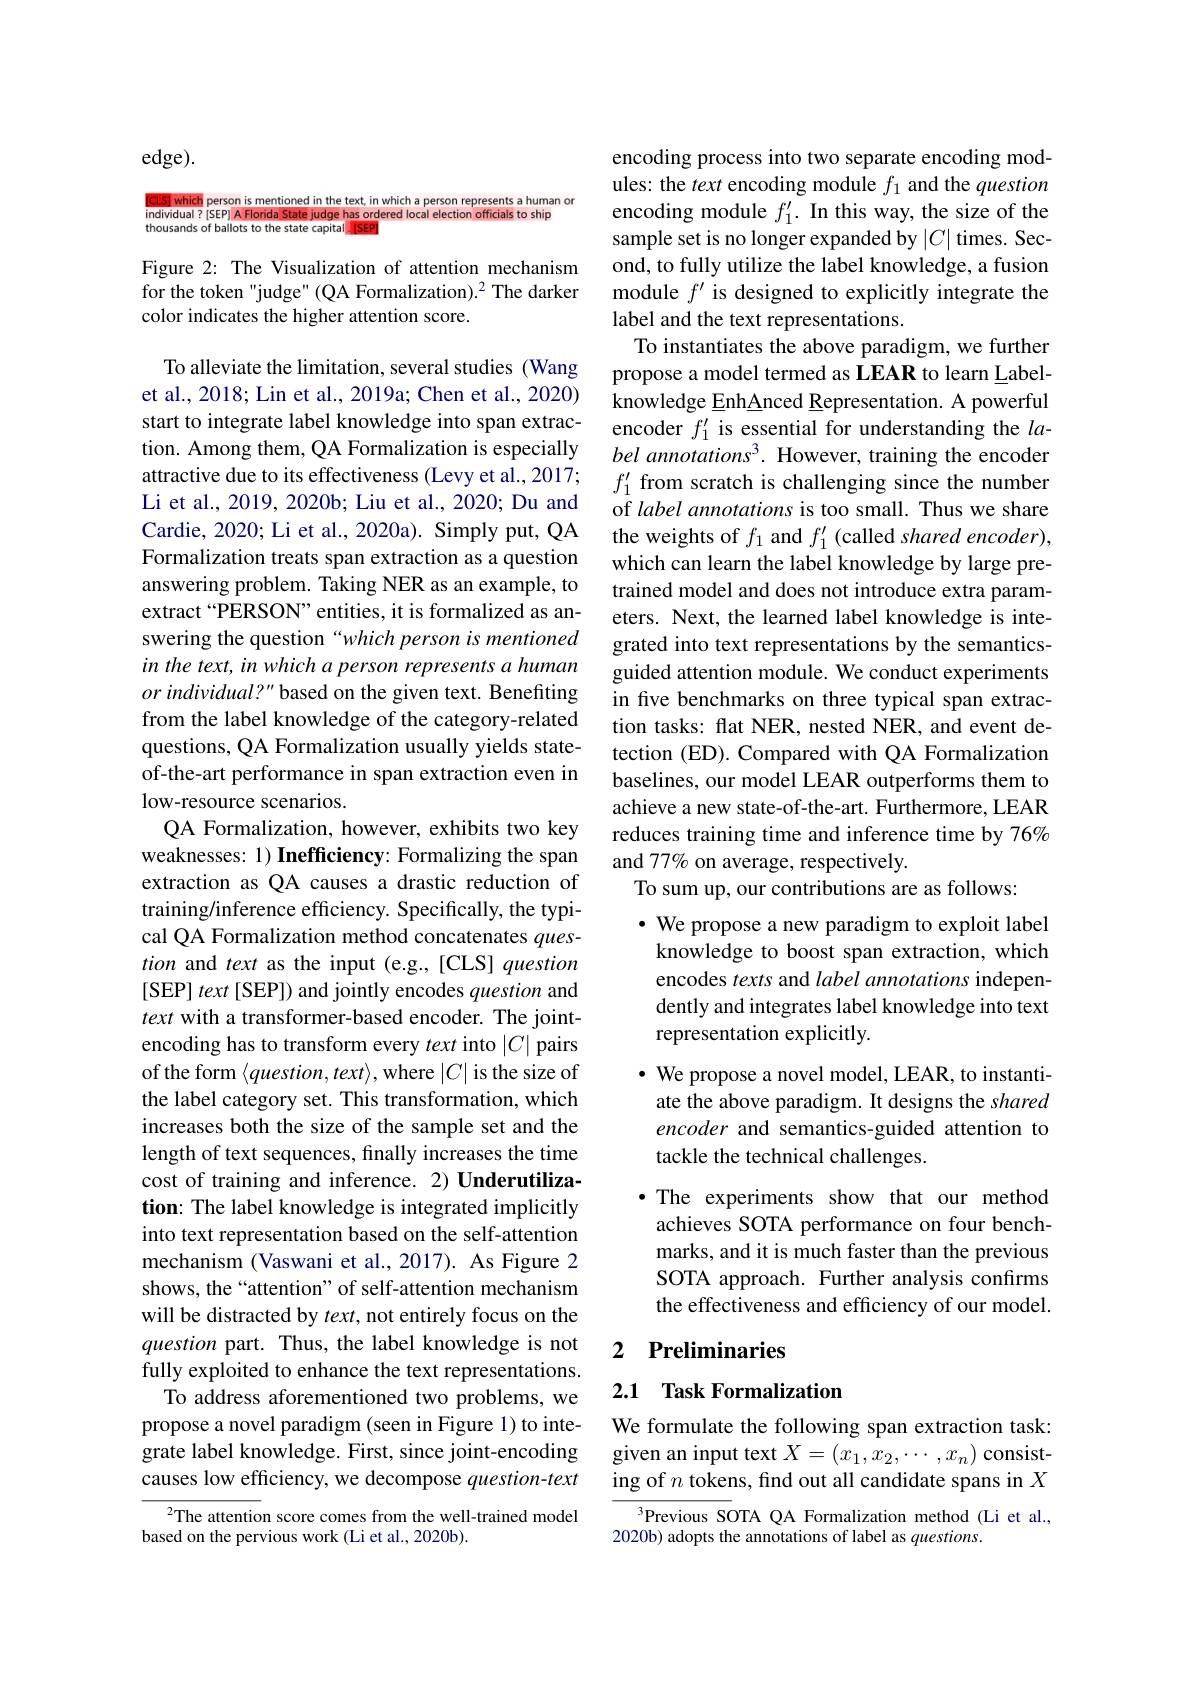
$edge).$

[CLS] which person is mentioned in the text, in which a person represents a human individual?[SEP]AFlorida State judge has ordered local election officials to ship thousands of ballots to the state capital.[SEP

Figure 2: The Visualization of attention mechanism for the token "judge" (QA Formalization).2 The darker color indicates the higher attention score.

To alleviate the limitation, several studies (Wang et al., 2018; Lin et al., 2019a; Chen et al., 2020) start to integrate label knowledge into span extraction. Among them, QA Formalization is especially attractive due to its effectiveness (Levy et al., 2017; Li et al., 2019, 2020b; Liu et al., 2020; Du and Cardie, 2020; Li et al., 2020a). Simply put, QA Formalization treats span extraction as a question answering problem. Taking NER as an example, to extract“PERSON”entities, it is formalized as answering the question“which person is mentioned in the text, in which a person represents a human or individual?" based on the given text. Benefiting from the label knowledge of the category-related questions, QA Formalization usually yields stateof-the-art performance in span extraction even in low-resource scenarios.
QA Formalization, however, exhibits two key weaknesses: 1) Inefficiency: Formalizing the span extraction as QA causes a drastic reduction of training/inference efficiency. Specifically, the typical QA Formalization method concatenates question and text as the input (e.g.,[CLS] question [SEP] text [SEP]) and jointly encodes question and text with a transformer-based encoder. The jointencoding has to transform every text into $|C|$ pairs of the form $\langle question,text\rangle$,where $|C|$ is the size of the label category set. This transformation, which increases both the size of the sample set and the length of text sequences, finally increases the time cost of training and inference. 2) Underutilization: The label knowledge is integrated implicitly into text representation based on the self-attention mechanism (Vaswani et al., 2017). As Figure 2 shows, the“attention” of self-attention mechanism will be distracted by $text$, not entirely focus on the question part. Thus, the label knowledge is not fully exploited to enhance the text representations.
To address aforementioned two problems, we propose a novel paradigm (seen in Figure 1) to integrate label knowledge. First, since joint-encoding causes low efficiency, we decompose question-text
$^{2}$The attention score comes from the well-trained model
based on the pervious work (Li et al., 2020b).

encoding process into two separate encoding modules: the text encoding module $f_1$ and the question encoding module $f_1^{\prime}.$ In this way, the size of the sample set is no longer expanded by $|C|$ times. Second, to fully utilize the label knowledge, a fusion module $f^{\prime}$ is designed to explicitly integrate the label and the text representations.
To instantiates the above paradigm, we further propose a model termed as LEAR to learn Labelknowledge EnhAnced Representation. A powerful encoder $f_1^{\prime}$ is essential for understanding the $la$- $bel\textit{ annotations}^{3}.$ However, training the encoder $f_1^{\prime}$ from scratch is challenging since the number of label annotations is too small. Thus we share the weights of $f_1$ and $f_1^\prime$ (called shared encoder), which can learn the label knowledge by large pretrained model and does not introduce extra parameters. Next, the learned label knowledge is integrated into text representations by the semanticsguided attention module. We conduct experiments in five benchmarks on three typical span extraction tasks: flat NER, nested NER, and event detection (ED). Compared with QA Formalization baselines, our model LEAR outperforms them to achieve a new state-of-the-art. Furthermore, LEAR reduces training time and inference time by 76% and 77% on average, respectively.
To sum up, our contributions are as follows:
$\cdot$ We propose a new paradigm to exploit label knowledge to boost span extraction, which encodes texts and label annotations independently and integrates label knowledge into text representation explicitly.
$\cdot$ We propose a novel model, LEAR, to instantiate the above paradigm. It designs the shared encoder and semantics-guided attention to tackle the technical challenges.
·The experiments show that our method achieves SOTA performance on four benchmarks, and it is much faster than the previous SOTA approach. Further analysis confirms the effectiveness and efficiency of our model.

## 2 Preliminaries

## 2.1 Task Formalization

We formulate the following span extraction task: given an input text $X=(x_1,x_2,\cdots,x_n)$ consisting of $n$ tokens, find out all candidate spans in $X$

$^{3}$Previous SOTA QA Formalization method (Li et al.,
2020b) adopts the annotations of label as questions.